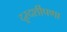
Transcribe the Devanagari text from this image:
दूरदर्शीपणा